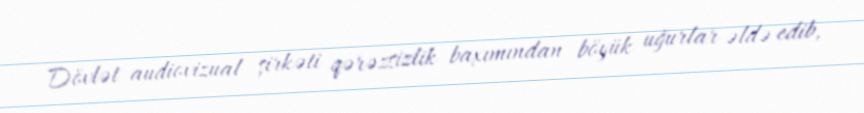
Dövlət audiovizual şirkəti qərəzsizlik baxımından böyük uğurlar əldə edib,